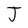
Character: J